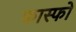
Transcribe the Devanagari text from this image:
फास्‍फो